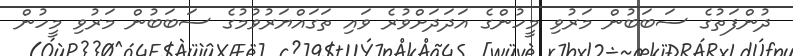
ދުންފަތުގެ ސަބަބުން މަރުވި މީހުންގެ އަދަދަށްވުރެ ވައި ތަގައްޔަރުވުމުގެ ސަބަބުން މަރުވި މީހުން